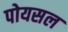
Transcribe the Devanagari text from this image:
पोयसल